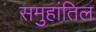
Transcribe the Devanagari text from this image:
समुहांतिल